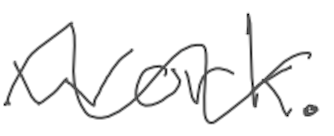
Text: work.
Cross-out: wave
Writing tool: digital_gray